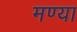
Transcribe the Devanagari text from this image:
मण्या